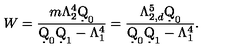
W = \frac { m \Lambda _ { 2 } ^ { 4 } \d Q _ { 0 } } { \d Q _ { 0 } \d Q _ { 1 } - \Lambda _ { 1 } ^ { 4 } } = \frac { \Lambda _ { 2 , d } ^ { 5 } \d Q _ { 0 } } { \d Q _ { 0 } \d Q _ { 1 } - \Lambda _ { 1 } ^ { 4 } } .